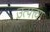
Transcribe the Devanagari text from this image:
उत्पत्त्या